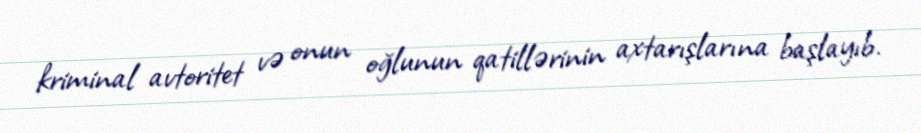
kriminal avtoritet və onun oğlunun qatillərinin axtarışlarına başlayıb.